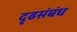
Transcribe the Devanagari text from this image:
दृढसंबंध